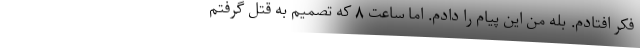
فکر افتادم. بله من این پیام را دادم. اما ساعت ۸ که تصمیم به قتل گرفتم